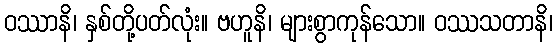
ဝဿာနိ၊ နှစ်တို့ပတ်လုံး။ ဗဟူနိ၊ များစွာကုန်သော။ ဝဿသတာနိ၊